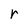
Character: r